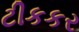
ટીકકર